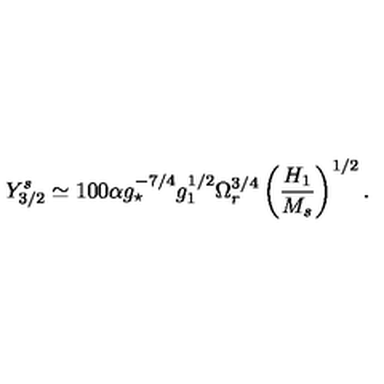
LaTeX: Y _ { 3 / 2 } ^ { s } \simeq 1 0 0 \alpha g _ { \star } ^ { - 7 / 4 } g _ { 1 } ^ { 1 / 2 } \Omega _ { r } ^ { 3 / 4 } \left( \frac { H _ { 1 } } { M _ { s } } \right) ^ { 1 / 2 } .